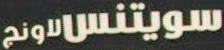
سويتنسونج